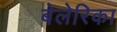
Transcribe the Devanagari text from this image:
बेलेरिका